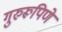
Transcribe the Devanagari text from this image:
गुरुरूपिणे